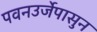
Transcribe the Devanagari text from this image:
पवनउर्जेपासुन